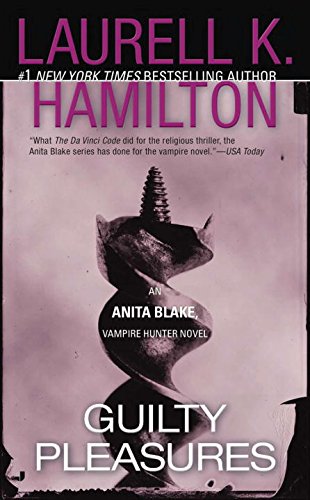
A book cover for Guilty Pleasures (Anita Blake, Vampire Hunter: Book 1); Laurell K. Hamilton; Mystery, Thriller & Suspense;